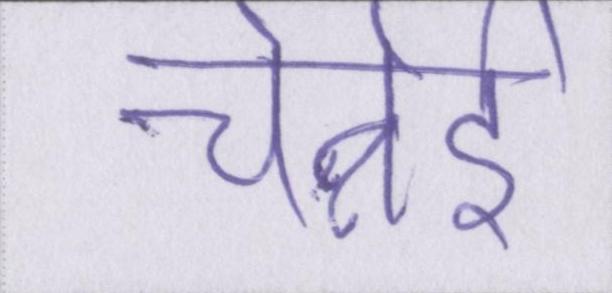
चेन्नेई